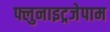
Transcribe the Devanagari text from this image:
फ्लुनाइट्रजेपाम